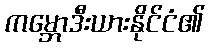
ကမ္ဘောဒီးယားနိုင်ငံ၏